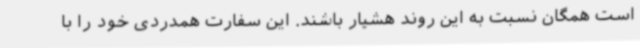
است همگان نسبت به این روند هشیار باشند. این سفارت همدردی خود را با